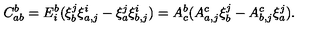
C _ { a b } ^ { b } = E _ { i } ^ { b } ( \xi _ { b } ^ { j } \xi _ { a , j } ^ { i } - \xi _ { a } ^ { j } \xi _ { b , j } ^ { i } ) = A _ { c } ^ { b } ( A _ { a , j } ^ { c } \xi _ { b } ^ { j } - A _ { b , j } ^ { c } \xi _ { a } ^ { j } ) .